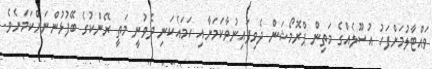
ވައްޓާލުމަށްފަހު އުސޫލެއްގެ މަތިން ޕްރޮމޯޝަން ދެވިފައިނުވާކަމަށާއި ހަމައެކަނި ދެވުނީ މަތީ ރޭންކުގެ ބޭފުޅުންނަށްކަމަށެވެ.